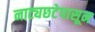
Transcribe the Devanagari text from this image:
नाट्यछटेपासून